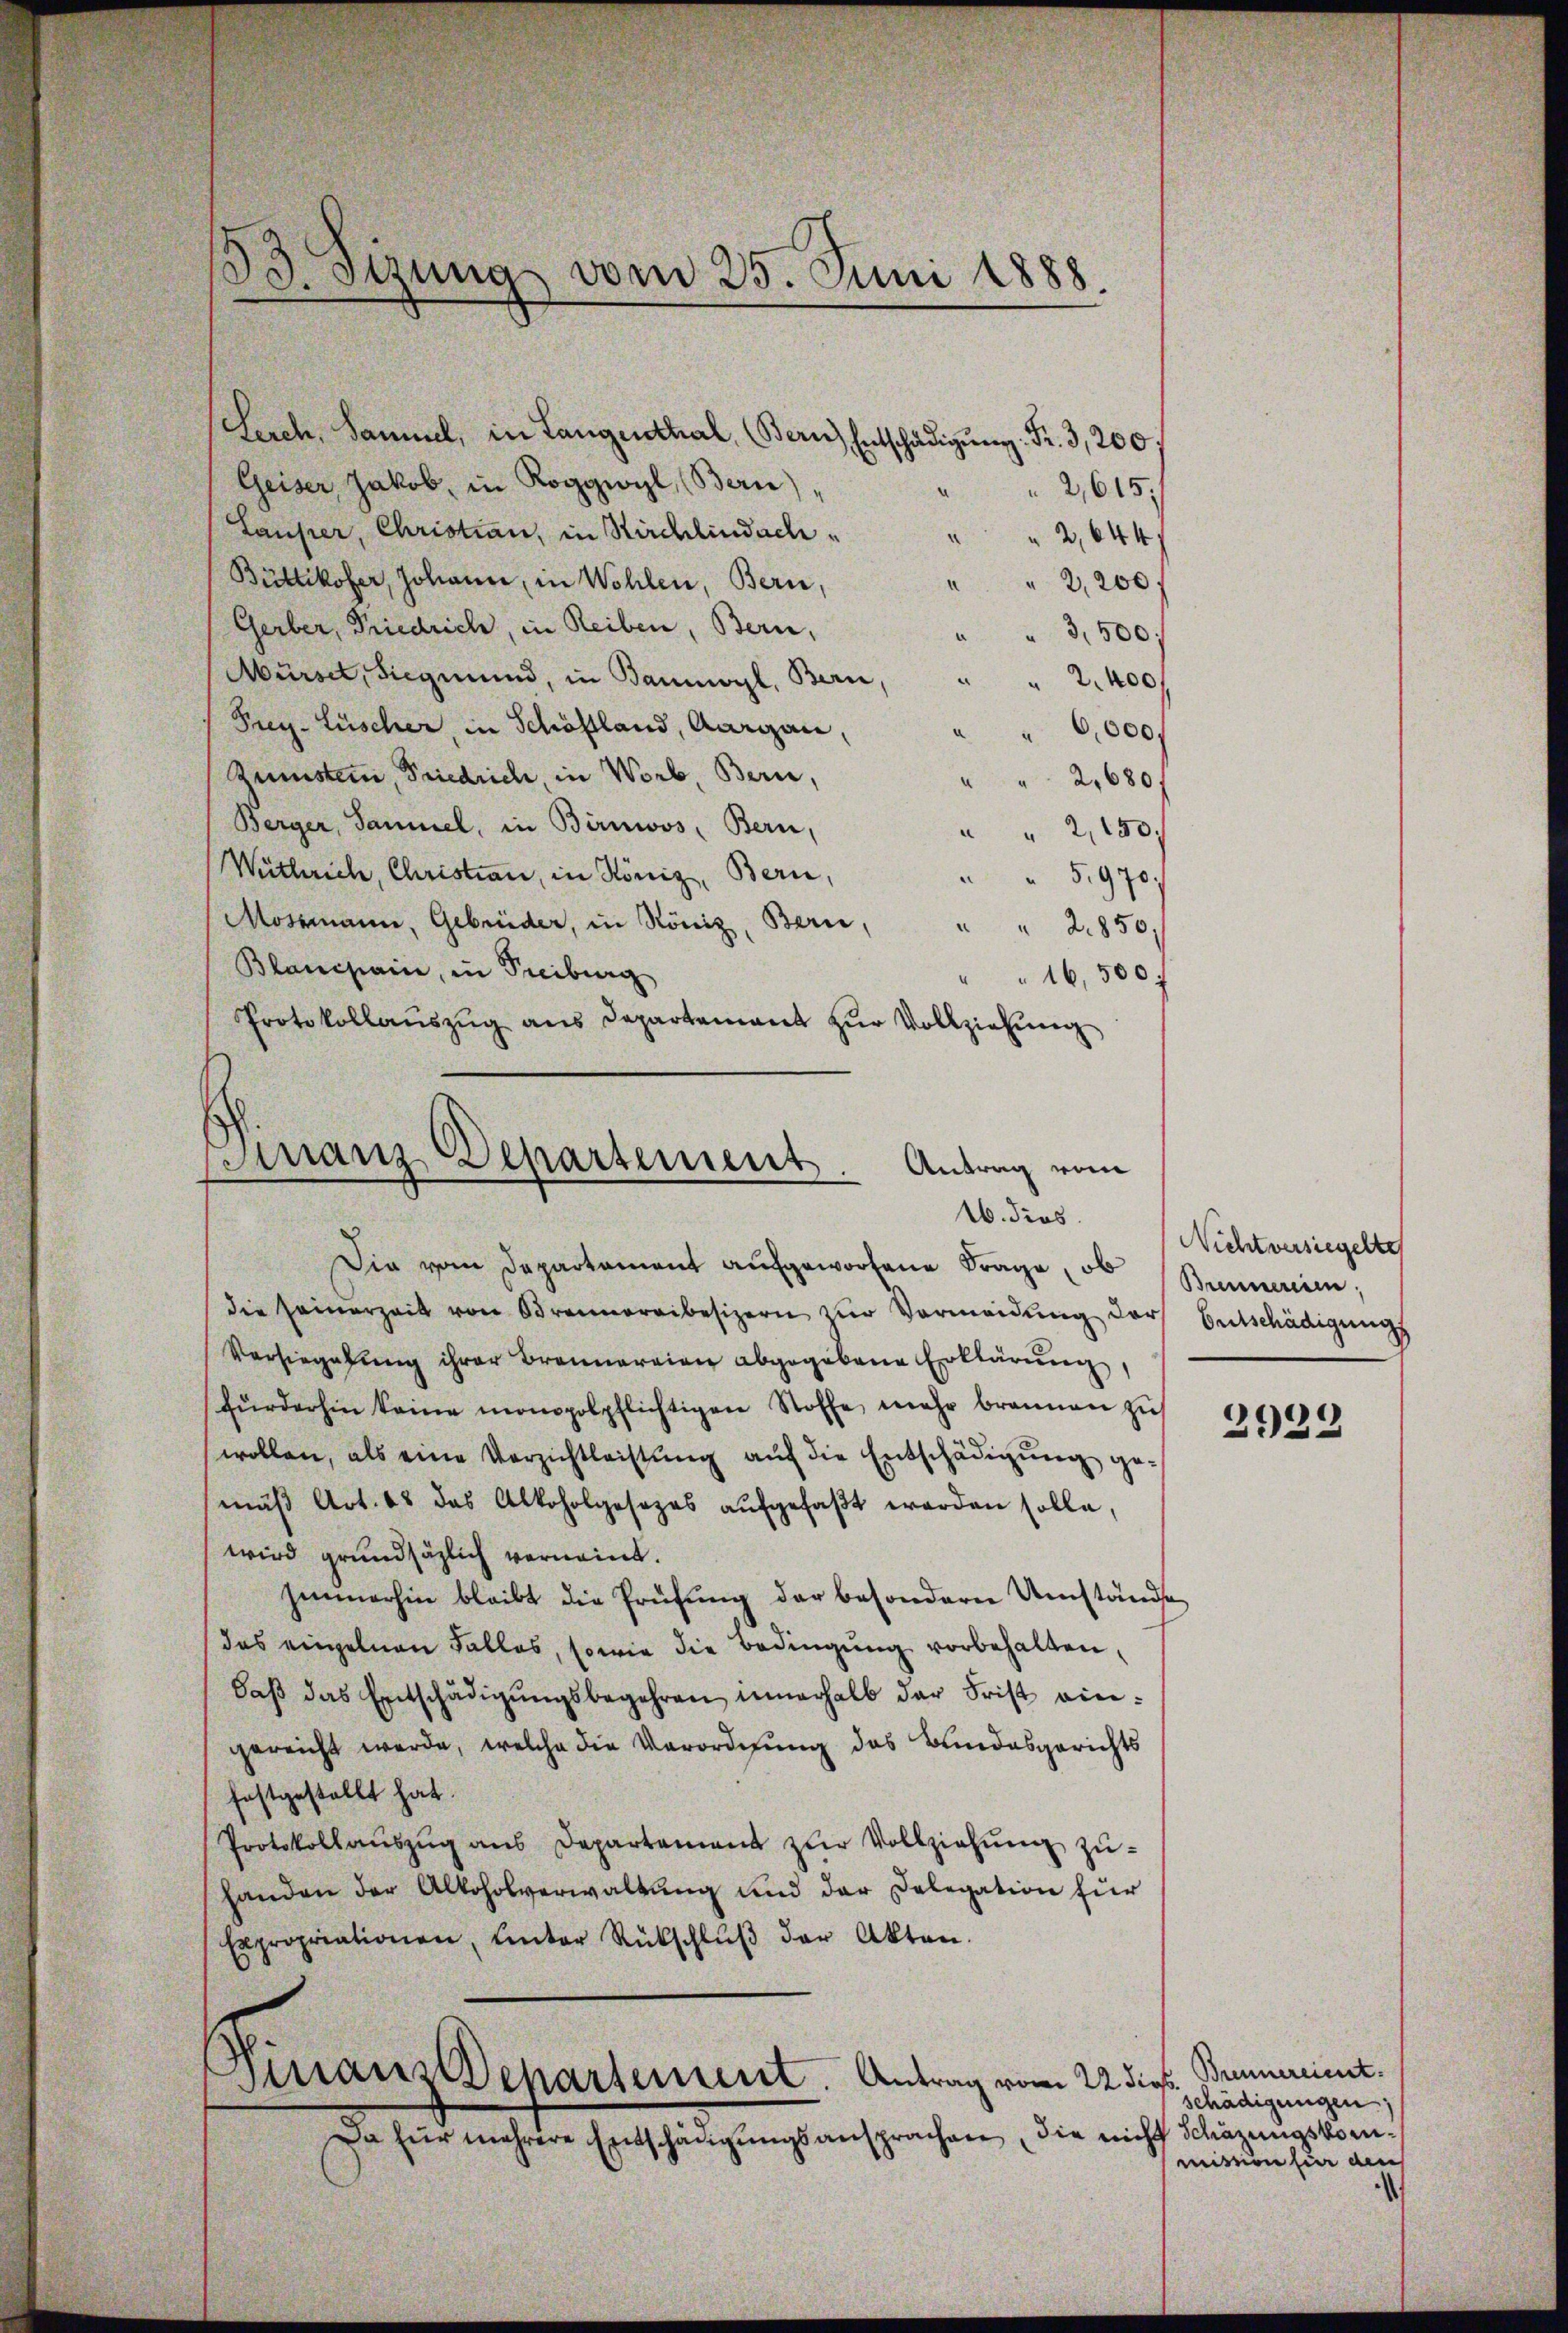
B.Stzung vom 25. Juni 1888.

Lerch, Sammel, in Langenthal, (Bern Entschädigŭng: Fr. 3,200.
Geiser Jakob, in Roggwyl, (Bern),
2,615,
Lauper, Christian, in Kirchlindach¬
“
2,644
Büttikofer, Johann, in Wohlen, Bern,
" " 2,200 f
Gerber, Friedrich, in Reiben, Bern,
" 3,500/
Mürset, Siegmund, in Baumoyl, Bern,
.
2,400f
Frey- Lüscher, in Schöfland, Aargau,
“ 6,000,
Zunstein, Friedrich, in Worb, Bern,
" " 2,680.
Berger, Sammel, in Birnwos, Bern,
" 2,150.
Withrich, Christian, in König, Bern,
5,975
Mossmann, Gebrüder, in König, Bern, " " 2850,
Blanchain, in Freiburg
"  16,500 f
Protokollaŭszŭg ans Departement zŭr Vollziehung
Finanz-Departement

Antrag vom
16. dies

Die vom Departament aufgeworfene Frage, ob
die Heinerzeit von Brennereibesizern zŭr Vermeidung der Entschädigungs
Versiegelung ihrer Brennereien abgegebene Erklärung,
fürderhin keine monopolpflichtigen Stoffe mehr brannen zu
wollen, als eine Verzichtleistung auf die Entschädigung gemäß Art. 68 das Alkoholgesezes aufgefaßt worden solle,
wird grundsätzlich verneint.
Immerhin bleibt die Prüfung der besondern Umständedas einzelnen Falles, sowie die Bedingung vorbehalten,
daβ das Entschädigŭngsbegehren innerhalb der Frist viegereicht werde, welche die Verordnung des Bundesgerichts
festgestellt hat.
Protokollaŭszŭg ans Departement zŭr Vollziehŭng zŭ-
handen der Alkoholverwaltung und der Delegation für
Expropriationen, unter Rückschlŭβ der Akten.
Dinaus Departement. Antrag vom 22 dies. Brennereint.
Da für mehrere Entschädigŭngsansprachen, die nicht Schäzungskom¬

Nichtversiegelte
Brennereien.

2929

schädigungen
mitten für den